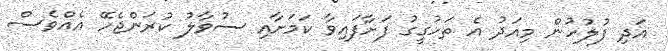
އަދި ފުލުހުން މިއަދު އެ ތަހުގީގު ފަށާފައިވާ ކަމަށާއި ސުވާލު ކުރަންޖެހޭ އެއްވެސް